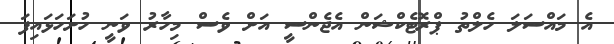
އެ މައްސަލަ ހެލްތު ޕްރޮޓެކްޝަން އެޖެންސީ އަށް ވެސް މިހާރު ވަނީ ހުށަހަޅައިފަ